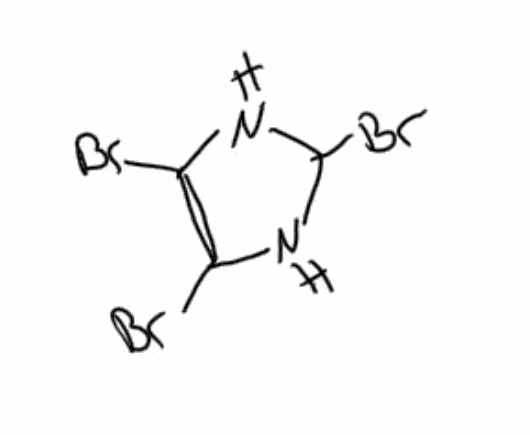
Simplified molecular-input line-entry system (SMILES) notation of the given molecule:
C1(NC(=C(N1)Br)Br)Br